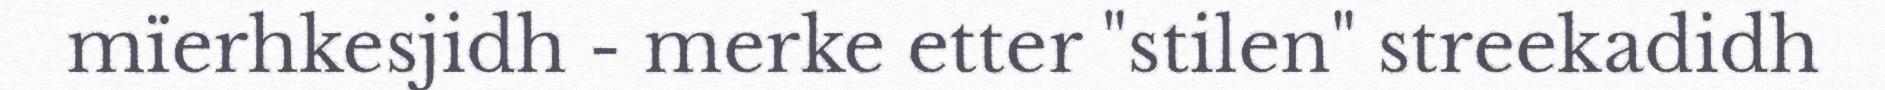
mïerhkesjidh - merke etter "stilen" streekadidh